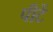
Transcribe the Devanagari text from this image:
पीटें